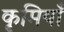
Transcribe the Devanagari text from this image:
कृमियाँ